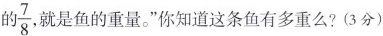
的 \frac{7}{8} 就是鱼的重量。”你知道这条鱼有多重么?(3分)